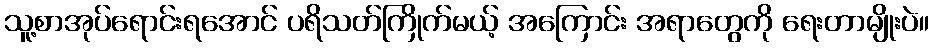
သူ့စာအုပ်ရောင်းရအောင် ပရိသတ်ကြိုက်မယ့် အကြောင်း အရာတွေကို ရေးတာမျိုးပဲ။